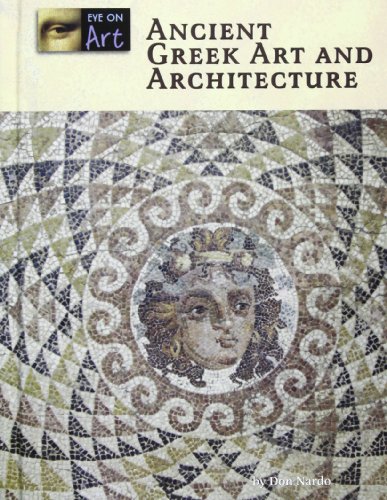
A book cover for Ancient Greek Art and Architecture (Eye on Art); Diane Yancey; Teen & Young Adult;